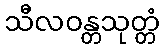
သီလဝန္တသုတ္တံ